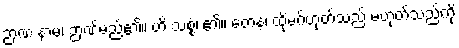
ဉာဏံ နာမ၊ ဉာဏ်မည်၏။ ဟိ သစ္စံ၊ ၏။ တေန၊ ထိုမဂ်ဟုတ်သည် မဟုတ်သည်ကို